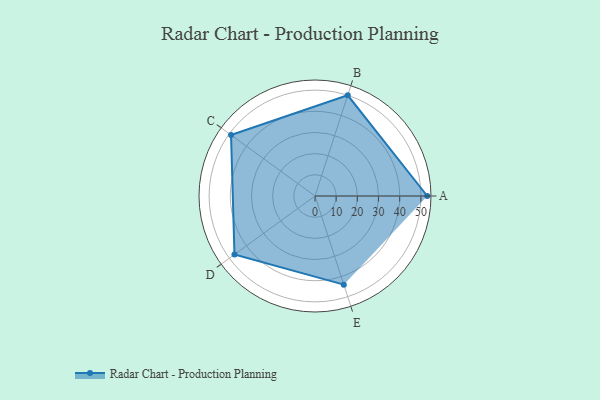
{"axis": {"x": "Skill", "y": "Score"}, "legend": ["Profile"], "data": [{"x": "A", "y": 53.0, "type": "Profile"}, {"x": "B", "y": 50.0, "type": "Profile"}, {"x": "C", "y": 49.0, "type": "Profile"}, {"x": "D", "y": 47.0, "type": "Profile"}, {"x": "E", "y": 44.0, "type": "Profile"}]}